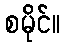
စမိုင်။